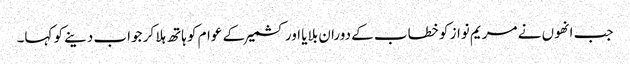
جب انھوں نے مریم نواز کو خطاب کے دوران بلایا اور کشمیر کے عوام کو ہاتھ ہلا کر جواب دینے کو کہا۔